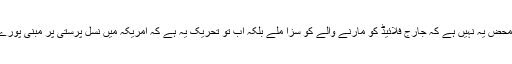
اور اس بار مانگ محض یہ نہیں ہے کہ جارج فلائیڈ کو مارنے والے کو سزا ملے بلکہ اب تو تحریک یہ ہے کہ امریکہ میں نسل پرستی پر مبنی پورے نظام کا خاتمہ ہو۔